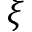
\xi